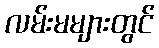
လမ်းမများတွင်